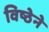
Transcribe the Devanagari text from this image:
विष्ठेने